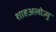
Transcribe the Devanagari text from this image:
शाहअलोज्यु